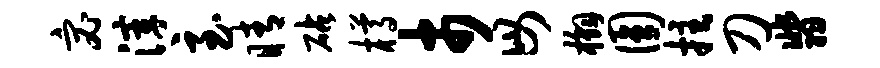
宓滓至睛砧樽市毋槲圆拄刀翡